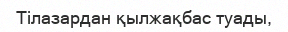
Тілазардан қылжақбас туады,